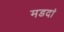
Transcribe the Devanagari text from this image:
मडदां